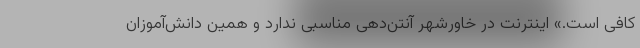
کافی است.» اینترنت در خاورشهر آنتن‌دهی مناسبی ندارد و همین دانش‌آموزان